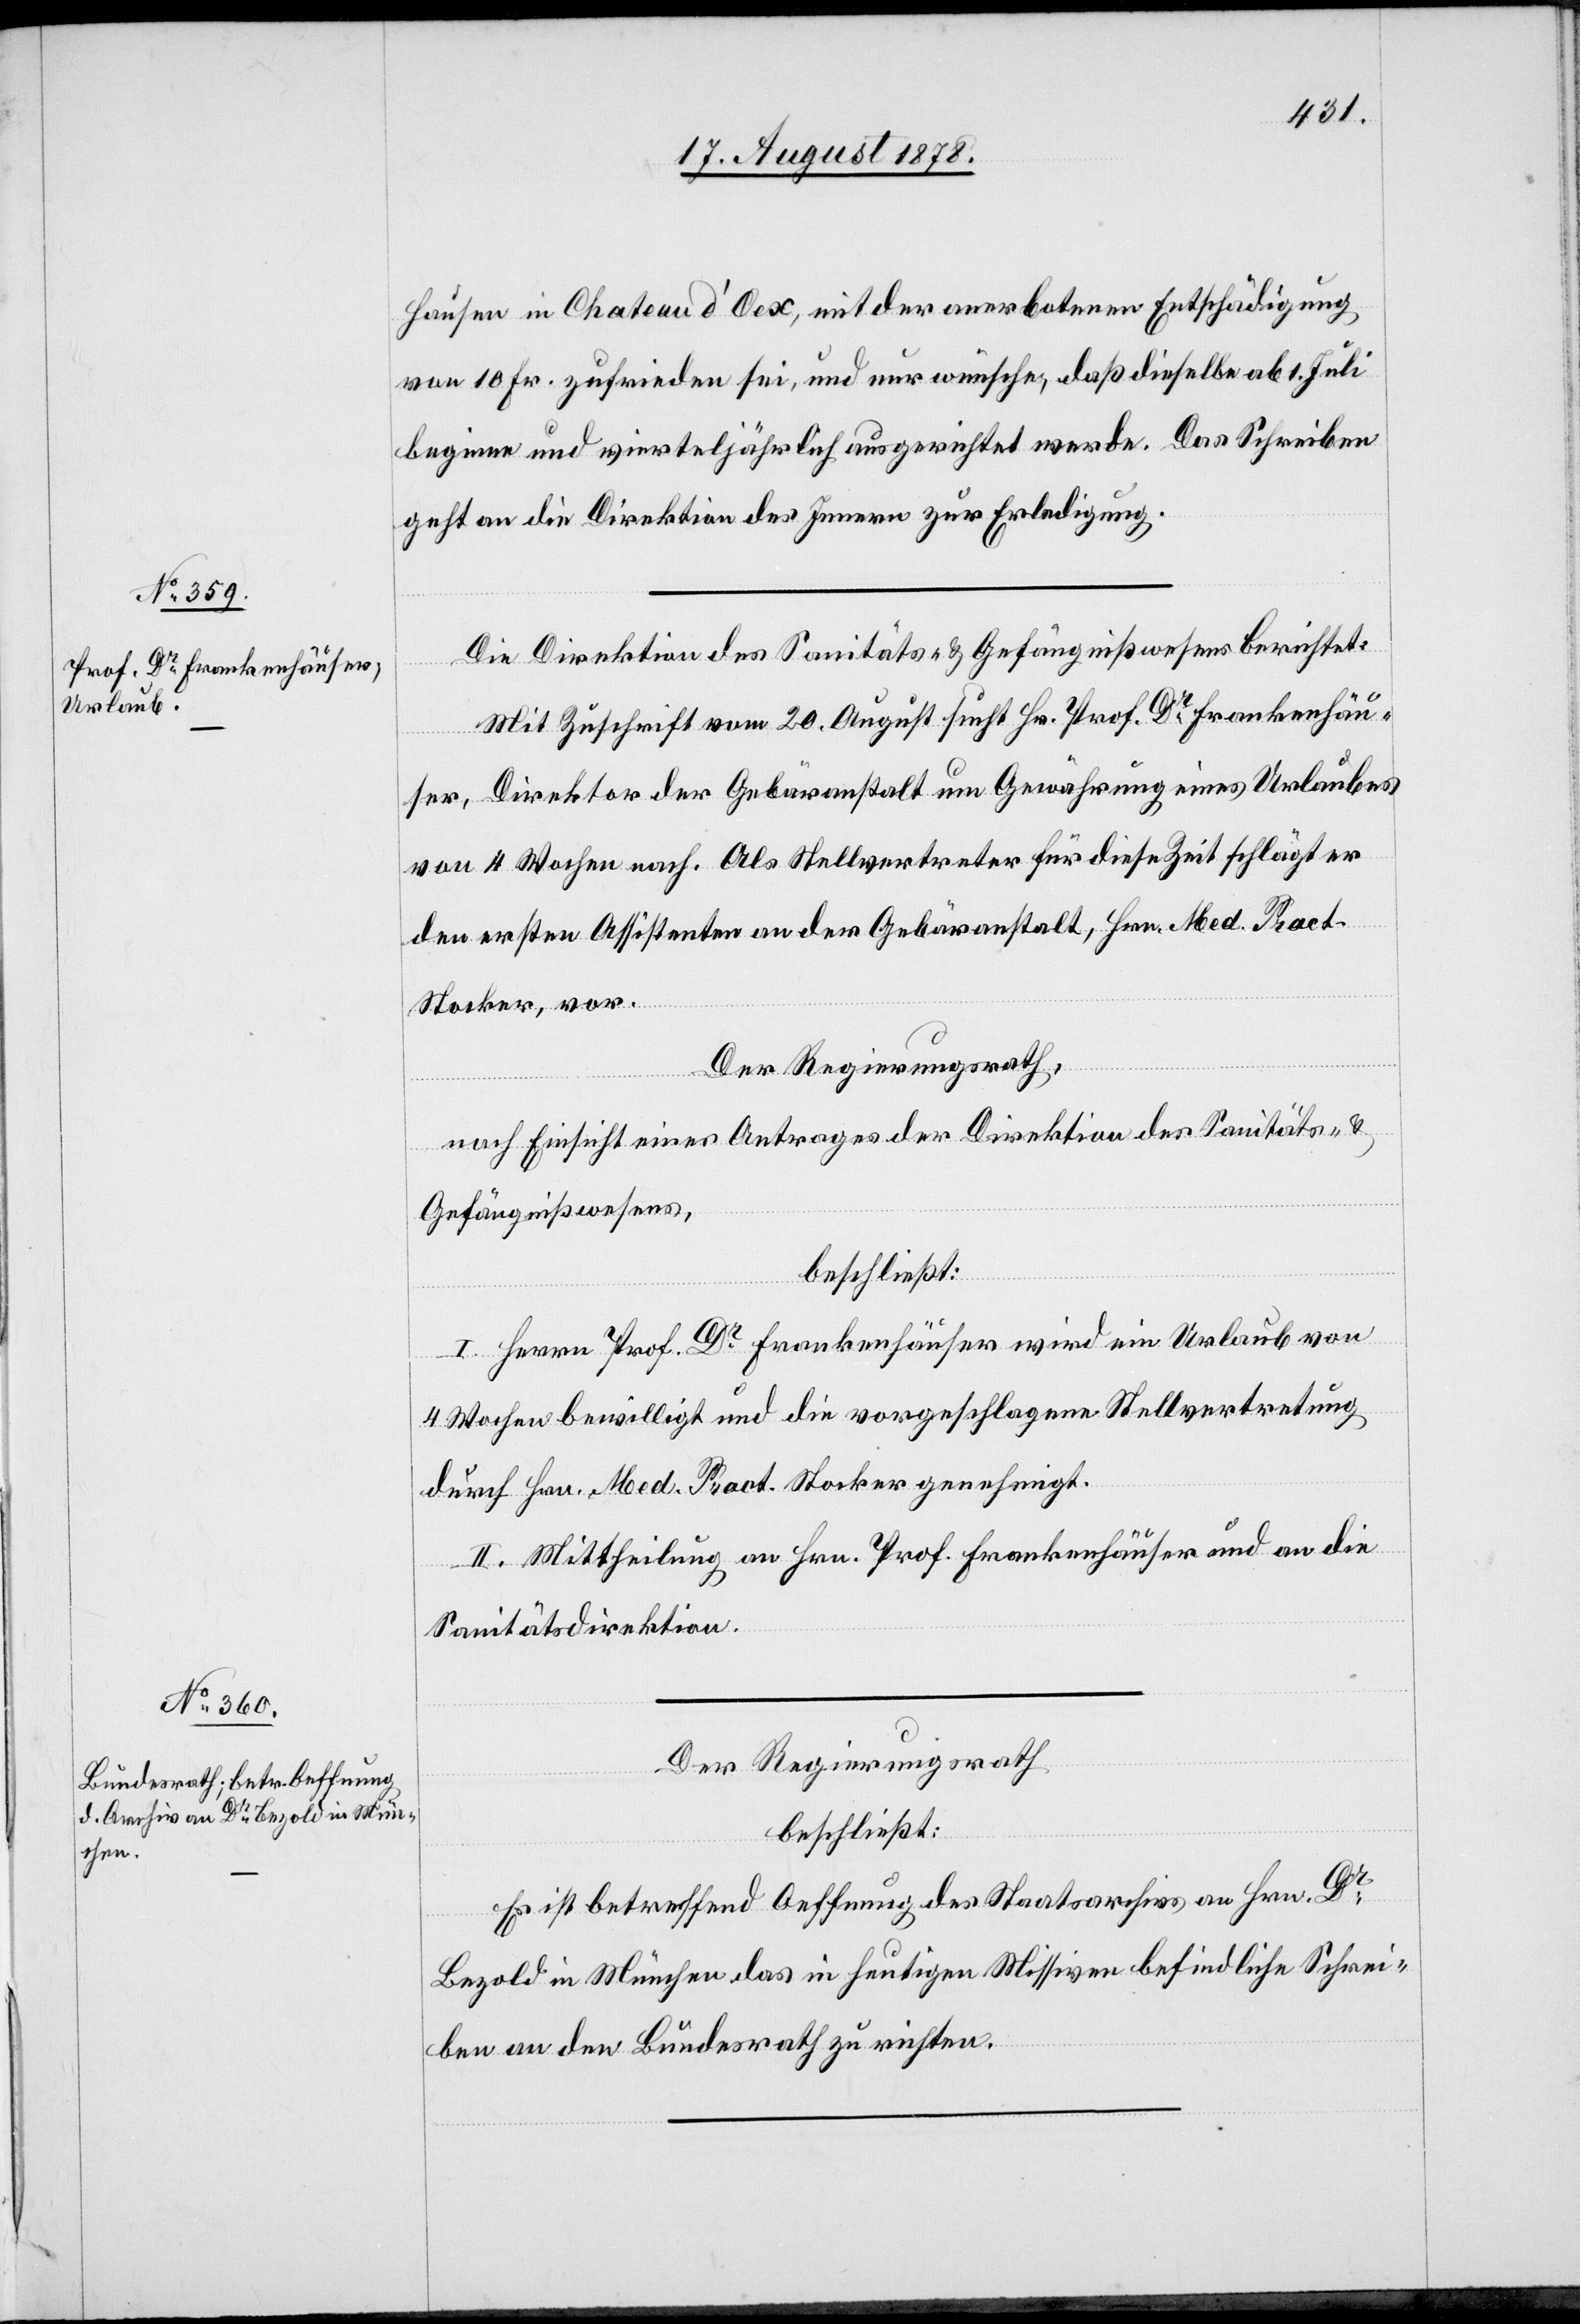
21. August 1878.]
Hausen in Chateau d’Oex, mit der anerbotenen Entschädigung
von 10 Fr. zufrieden sei, und nur wünsche, daß dieselbe ab 1. Juli
beginne und vierteljährlich ausgerichtet werde. Das Schreiben
geht an die Direktion des Innern zur Erledigung.
Die Direktion des Sanitäts- & Gefängnißwesens berichtet:
Mit Zuschrift vom 20. August sucht Hr. Prof. Dr Frankenhäu¬
ser, Direktor der Gebäranstalt um Gewährung eines Urlaubes
von 4 Wochen nach. Als Stellvertreter für diese Zeit schlägt er
den ersten Assistenten an der Gebäranstalt, Hrn. Med. Pract.
Stocker, vor.
Der Regierungsrath,
nach Einsicht eines Antrages der Direktion des Sanitäts- &
Gefängnißwesens,
beschließt:
I. Herrn Prof. Dr Frankenhäuser wird ein Urlaub von
4 Wochen bewilligt und die vorgeschlagene Stellvertretung
durch Hrn. Med. Pract. Stocker genehmigt.
II. Mittheilung an Hrn. Prof. Frankenhäuser und an die
Sanitätsdirektion.
Der Regierungsrath
beschließt:
Es ist betreffend Oeffnung des Staatsarchivs an Hrn. Dr
[sic!] in München das in heutigen Missiven befindliche Schrei¬
ben an den Bundesrath zu richten.